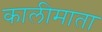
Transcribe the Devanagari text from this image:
कालीमाता